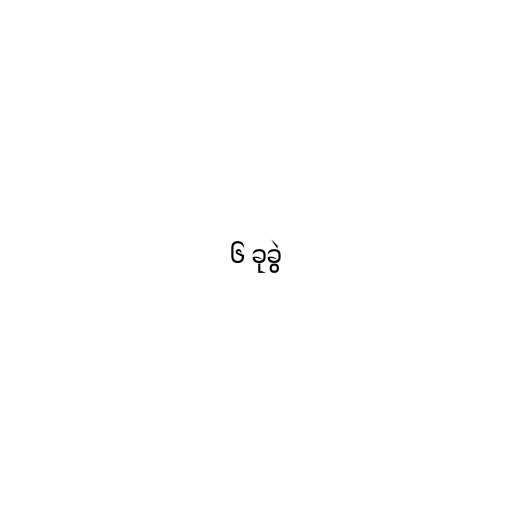
၆ ခုခွဲ